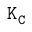
\mathtt { K _ { C } }